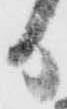
日